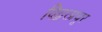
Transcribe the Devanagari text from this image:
विद्वत्प्रचूर